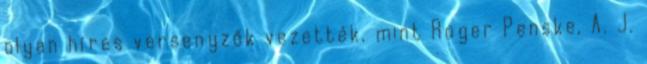
olyan híres versenyzők vezették, mint Roger Penske, A. J.